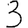
Digit: 3